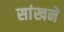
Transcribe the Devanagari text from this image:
सांखने